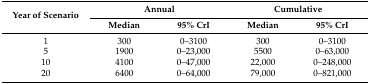
<table><thead><tr><td rowspan="2"><b>Year of Scenario</b></td><td colspan="2"><b>Annual</b></td><td colspan="2"><b>Cumulative</b></td></tr><tr><td><b>Median</b></td><td><b>95% CrI</b></td><td><b>Median</b></td><td><b>95% CrI</b></td></tr></thead><tbody><tr><td>1</td><td>300</td><td>0–3100</td><td>300</td><td>0–3100</td></tr><tr><td>5</td><td>1900</td><td>0–23,000</td><td>5500</td><td>0–63,000</td></tr><tr><td>10</td><td>4100</td><td>0–47,000</td><td>22,000</td><td>0–248,000</td></tr><tr><td>20</td><td>6400</td><td>0–64,000</td><td>79,000</td><td>0–821,000</td></tr></tbody></table>